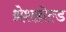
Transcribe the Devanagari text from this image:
थ्रेशहोल्ड